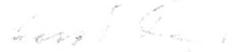
Eino S. Repo